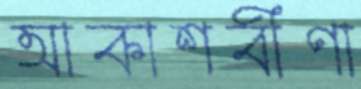
আকাশবীণা